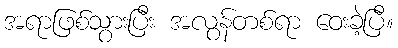
အရာဖြစ်သွားပြီး အလွန်တစ်ရာ ဝေးခဲ့ပြီ။